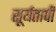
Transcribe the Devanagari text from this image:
सूर्यतापी